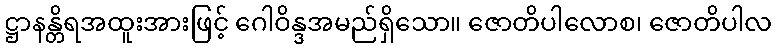
ဋ္ဌာနန္တိရအထူးအားဖြင့် ဂေါဝိန္ဒအမည်ရှိသော။ ဇောတိပါလောစ၊ ဇောတိပါလ